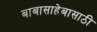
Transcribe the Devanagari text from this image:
बाबासाहेबासाठी